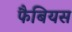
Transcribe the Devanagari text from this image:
फैबियस